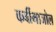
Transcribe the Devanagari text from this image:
कर्बीमाजोल